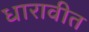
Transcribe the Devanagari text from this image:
धारावीत